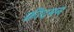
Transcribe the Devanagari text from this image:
फ्रीदमन